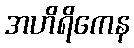
အဟိရိကေန